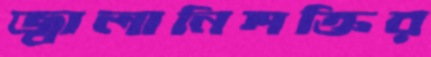
জ্বালানিশক্তির